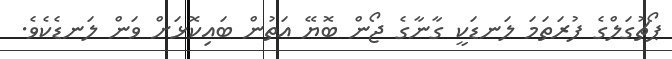
ޕޯޗުގަލްގެ ފުރަތަމަ ލަނޑަކީ ގާނާގެ ޖޯން ބޮޔޭ އަތުން ބައިކޮޅަށް ވަން ލަނޑެކެވެ.